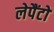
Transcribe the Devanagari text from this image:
लेपैंटो